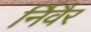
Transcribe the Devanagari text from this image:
र्निवैर